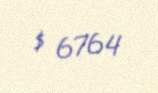
$ 6764